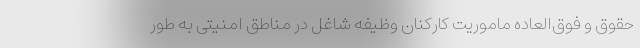
حقوق و فوق‌العاده ماموریت کارکنان وظیفه شاغل در مناطق امنیتی به طور